Vaccination in Bombay 1856-1862 - 1856-1862
Year: 1856
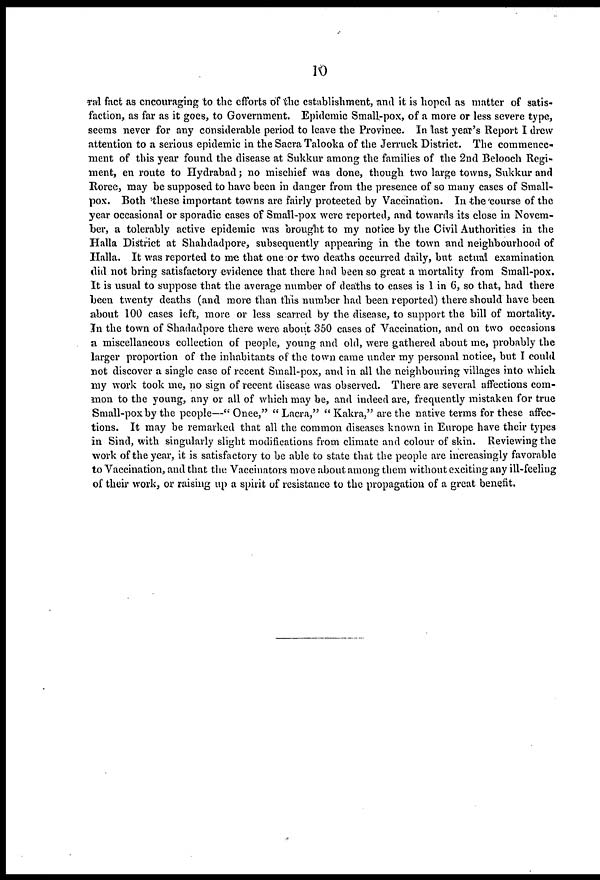
10
ral fact as encouraging to the efforts of the establishment, and it is hoped as matter of satis-
faction, as far as it goes, to Government. Epidemic Small-pox, of a more or less severe type,
seems never for any considerable period to leave the Province. In last year's Report I drew
attention to a serious epidemic in the Sacra Talooka of the Jerruck District. The commence-
ment of this year found the disease at Sukkur among the families of the 2nd Belooch Regi-
ment, en route to Hydrabad; no mischief was done, though two large towns, Sukkur and
Roree, may be supposed to have been in danger from the presence of so many cases of Small-
pox. Both these important towns are fairly protected by Vaccination. In the course of the
year occasional or sporadic cases of Small-pox were reported, and towards its close in Novem-
ber, a tolerably active epidemic was brought to my notice by the Civil Authorities in the
Halla District at Shahdadpore, subsequently appearing in the town and neighbourhood of
Halla. It was reported to me that one or two deaths occurred daily, but actual examination
did not bring satisfactory evidence that there had been so great a mortality from Small-pox.
It is usual to suppose that the average number of deaths to cases is 1 in 6, so that, had there
been twenty deaths (and more than this number had been reported) there should have been
about 100 cases left, more or less scarred by the disease, to support the bill of mortality.
In the town of Shadadpore there were about 350 cases of Vaccination, and on two occasions
a miscellaneous collection of people, young and old, were gathered about me, probably the
larger proportion of the inhabitants of the town came under my personal notice, but I could
not discover a single case of recent Small-pox, and in all the neighbouring villages into which
my work took me, no sign of recent disease was observed. There are several affections com-
mon to the young, any or all of which may be, and indeed are, frequently mistaken for true
Small-pox by the people—" Once," " Lacra," " Kakra," are the native terms for these affec-
tions. It may be remarked that all the common diseases known in Europe have their types
in Sind, with singularly slight modifications from climate and colour of skin. Reviewing the
work of the year, it is satisfactory to be able to state that the people are increasingly favorable
to Vaccination, and that the Vaccinators move about among them without exciting any ill-feeling
of their work, or raising up a spirit of resistance to the propagation of a great benefit.